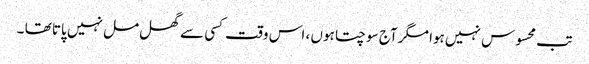
تب محسوس نہیں ہوا مگر آج سوچتا ہوں ، اس وقت کسی سے گھل مل نہیں پاتا تھا ۔